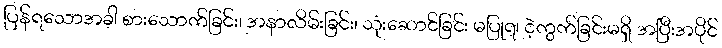
ပြန်ရသောအခါ စားသောက်ခြင်း၊ အနာလိမ်းခြင်း၊ သုံးဆောင်ခြင်း မပြုရ၊ ငဲ့ကွက်ခြင်းမရှိ အပြီးအပိုင်